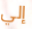
إلي